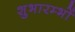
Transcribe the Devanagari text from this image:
शुभारम्भों